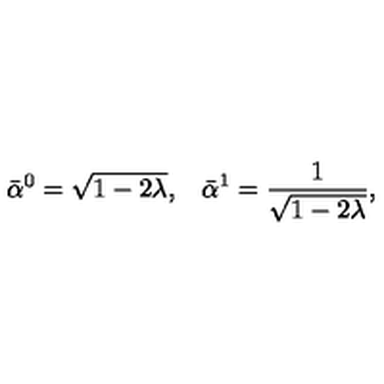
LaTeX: \bar { \alpha } ^ { 0 } = \sqrt { 1 - 2 \lambda } { , } \quad \bar { \alpha } ^ { 1 } = \frac { 1 } { \sqrt { 1 - 2 \lambda } } { , }